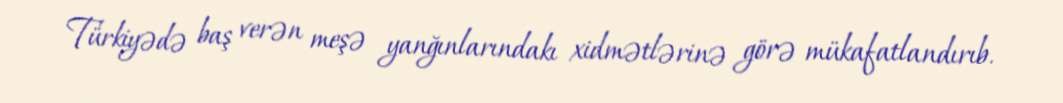
Türkiyədə baş verən meşə yanğınlarındakı xidmətlərinə görə mükafatlandırıb.